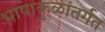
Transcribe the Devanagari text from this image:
भाषाकुळांतर्गत